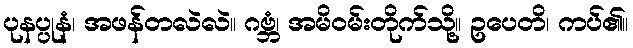
ပုနပ္ပုနံ၊ အဖန်တလဲလဲ။ ဂဗ္ဘံ၊ အမိဝမ်းတိုက်သို့။ ဥပေတိ၊ ကပ်၏။